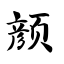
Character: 颜